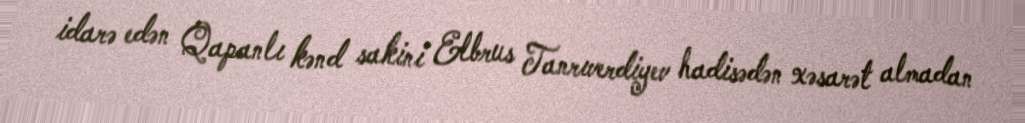
idarə edən Qapanlı kənd sakini Elbrus Tanrıverdiyev hadisədən xəsarət almadan